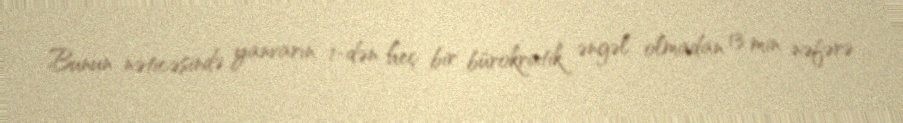
Bunun nəticəsində yanvarın 1-dən heç bir bürokratik əngəl olmadan 13 min nəfərə